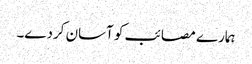
ہمارے مصائب کو آسان کردے۔